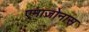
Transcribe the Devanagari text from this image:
एमाज़ोनास